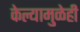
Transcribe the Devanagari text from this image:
केल्यामुळेही